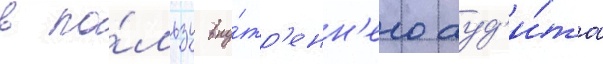
в по́льзу вну́тр'енн'его ауд'и́та